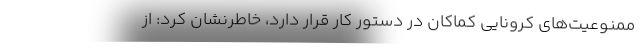
ممنوعیت‌های کرونایی کماکان در دستور کار قرار دارد، خاطرنشان کرد: از